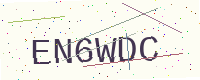
Text: EN6WDC